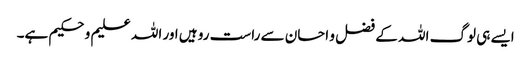
ایسے ہی لوگ اللہ کے فضل و احسان سے راست رو ہیں اور اللہ علیم و حکیم ہے۔